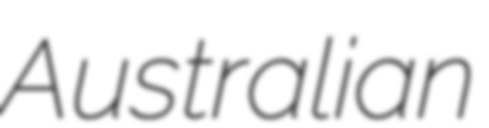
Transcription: Australian